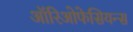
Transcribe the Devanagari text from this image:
ऑरिओफेसियन्स